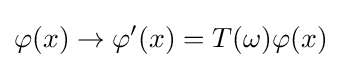
\varphi (x)\to \varphi '(x)=T(\omega )\varphi (x)